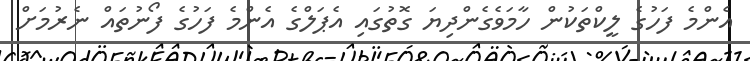
އެންމެ ފަހުގެ ލީކްތަކުން ހާމަވެގެންދިޔަ ގޮތުގައި އެޕަލްގެ އެންމެ ފަހުގެ ފޯނުތައް ނެރުމަށް